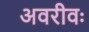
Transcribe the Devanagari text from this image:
अवरीवः